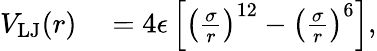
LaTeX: \begin{array}{rl}{V_{\mathrm{LJ}}(r)}&{{}=4\epsilon\left[\left(\frac{\sigma}{r}\right)^{12}-\left(\frac{\sigma}{r}\right)^{6}\right],}\end{array}